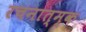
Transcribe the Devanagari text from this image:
रचनात्म्क